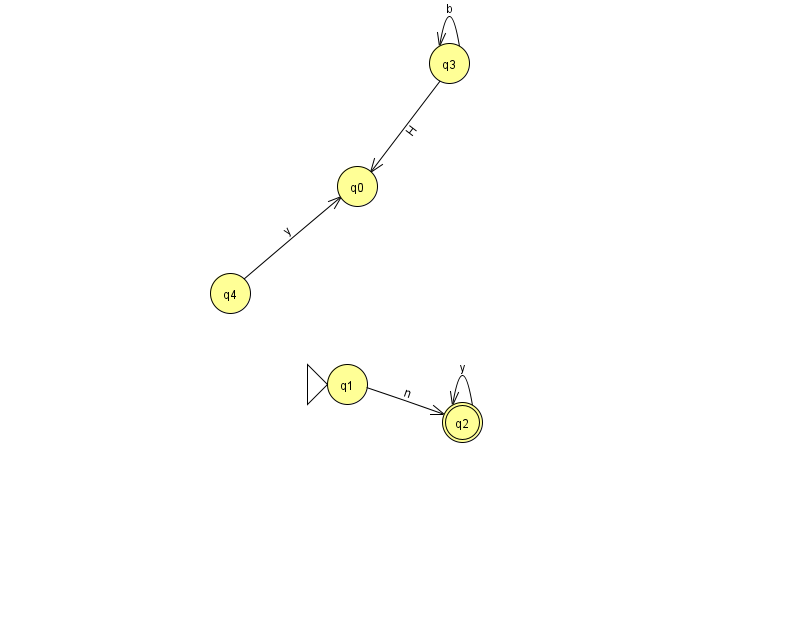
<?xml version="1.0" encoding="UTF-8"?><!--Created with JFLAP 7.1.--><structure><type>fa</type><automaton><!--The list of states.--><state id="0" name="q0"><x>357.0</x><y>173.0</y></state><state id="1" name="q1"><x>347.0</x><y>371.0</y><initial/></state><state id="2" name="q2"><x>462.0</x><y>409.0</y><final/></state><state id="3" name="q3"><x>449.0</x><y>50.0</y></state><state id="4" name="q4"><x>230.0</x><y>280.0</y></state><!--The list of transitions.--><transition><from>3</from><to>3</to><read>b</read></transition><transition><from>2</from><to>2</to><read>y</read></transition><transition><from>3</from><to>0</to><read>H</read></transition><transition><from>1</from><to>2</to><read>n</read></transition><transition><from>4</from><to>0</to><read>y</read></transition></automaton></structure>